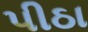
પીઠા